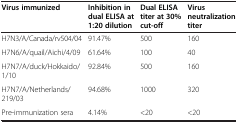
<table><thead><tr><td><b>Virus immunized</b></td><td><b>Inhibition in dual ELISA at 1:20 dilution</b></td><td><b>Dual ELISA titer at 30% cut-off</b></td><td><b>Virus neutralization titer</b></td></tr></thead><tbody><tr><td>H7N3/A/Canada/rv504/04</td><td>91.47%</td><td>500</td><td>160</td></tr><tr><td>H7N6/A/quail/Aichi/4/09</td><td>61.64%</td><td>100</td><td>40</td></tr><tr><td>H7N7/A/duck/Hokkaido/1/10</td><td>92.84%</td><td>500</td><td>160</td></tr><tr><td>H7N7/A/Netherlands/219/03</td><td>94.68%</td><td>1000</td><td>320</td></tr><tr><td>Pre-immunization sera</td><td>4.14%</td><td>&lt;20</td><td>&lt;20</td></tr></tbody></table>